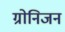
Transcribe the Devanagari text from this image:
ग्रोनिजन